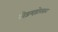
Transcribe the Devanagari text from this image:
तोड़मड़ोरकर